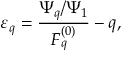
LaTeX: \varepsilon _ { q } = \frac { \Psi _ { q } / \Psi _ { 1 } } { F _ { q } ^ { ( 0 ) } } - q ,